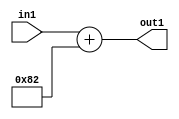
`timescale 1ps / 1ps
/*****************************************************************************
    Verilog RTL Description
    
    
    Created by: Stratus DpOpt 2019.1.01 
*******************************************************************************/

module DC_Filter_Add_12U_245_4 (
	in1,
	out1
	); /* architecture "behavioural" */ 
input [11:0] in1;
output [11:0] out1;
wire [11:0] asc001;

assign asc001 = 
	+(in1)
	+(12'B000010000010);

assign out1 = asc001;
endmodule

/* CADENCE  urnzQgg= : u9/ySgnWtBlWxVPRXgAZ4Og= ** DO NOT EDIT THIS LINE ******/